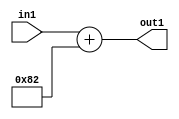
`timescale 1ps / 1ps
/*****************************************************************************
    Verilog RTL Description
    
    
    Created by: Stratus DpOpt 2019.1.01 
*******************************************************************************/

module DC_Filter_Add_12U_245_4 (
	in1,
	out1
	); /* architecture "behavioural" */ 
input [11:0] in1;
output [11:0] out1;
wire [11:0] asc001;

assign asc001 = 
	+(in1)
	+(12'B000010000010);

assign out1 = asc001;
endmodule

/* CADENCE  urnzQgg= : u9/ySgnWtBlWxVPRXgAZ4Og= ** DO NOT EDIT THIS LINE ******/